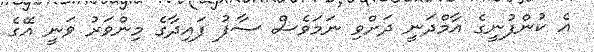
އެ ކުންފުނީގެ އާމްދަނީ ދަށްވި ނަމަވެސް ސާފު ފައިދާގެ މިންވަރު ވަނީ އޭގެ